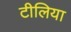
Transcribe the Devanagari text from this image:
टीलिया